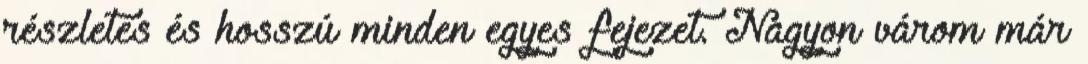
részletes és hosszú minden egyes fejezet. Nagyon várom már